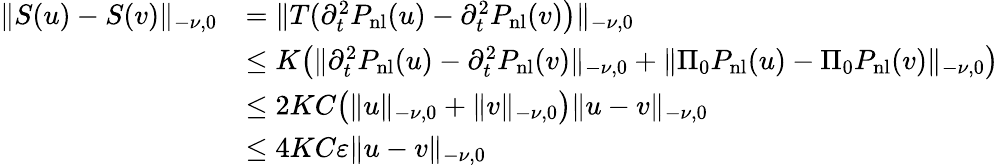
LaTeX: \begin{array}{rl}{\lVert S(u)-S(v)\rVert_{-\nu,0}}&{=\lVert T(\partial_{t}^{2}P_{\mathrm{nl}}(u)-\partial_{t}^{2}P_{\mathrm{nl}}(v)\bigr)\rVert_{-\nu,0}}\\ &{\le K\bigl(\lVert\partial_{t}^{2}P_{\mathrm{nl}}(u)-\partial_{t}^{2}P_{\mathrm{nl}}(v)\rVert_{-\nu,0}+\lVert\Pi_{0}P_{\mathrm{nl}}(u)-\Pi_{0}P_{\mathrm{nl}}(v)\rVert_{-\nu,0}\bigr)}\\ &{\le 2KC\bigl(\lVert u\rVert_{-\nu,0}+\lVert v\rVert_{-\nu,0}\bigr)\lVert u-v\rVert_{-\nu,0}}\\ &{\le 4KC\varepsilon\lVert u-v\rVert_{-\nu,0}}\end{array}